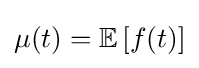
\mu (t)=\mathbb {E} \left[f(t)\right]